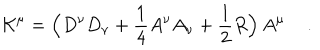
LaTeX: { \cal K } ^ { \mu } = \Big ( D ^ { \nu } D _ { \nu } + \frac { 1 } { 4 } A ^ { \nu } A _ { \nu } + \frac { 1 } { 2 } R \Big ) \, A ^ { \mu } \quad \, .